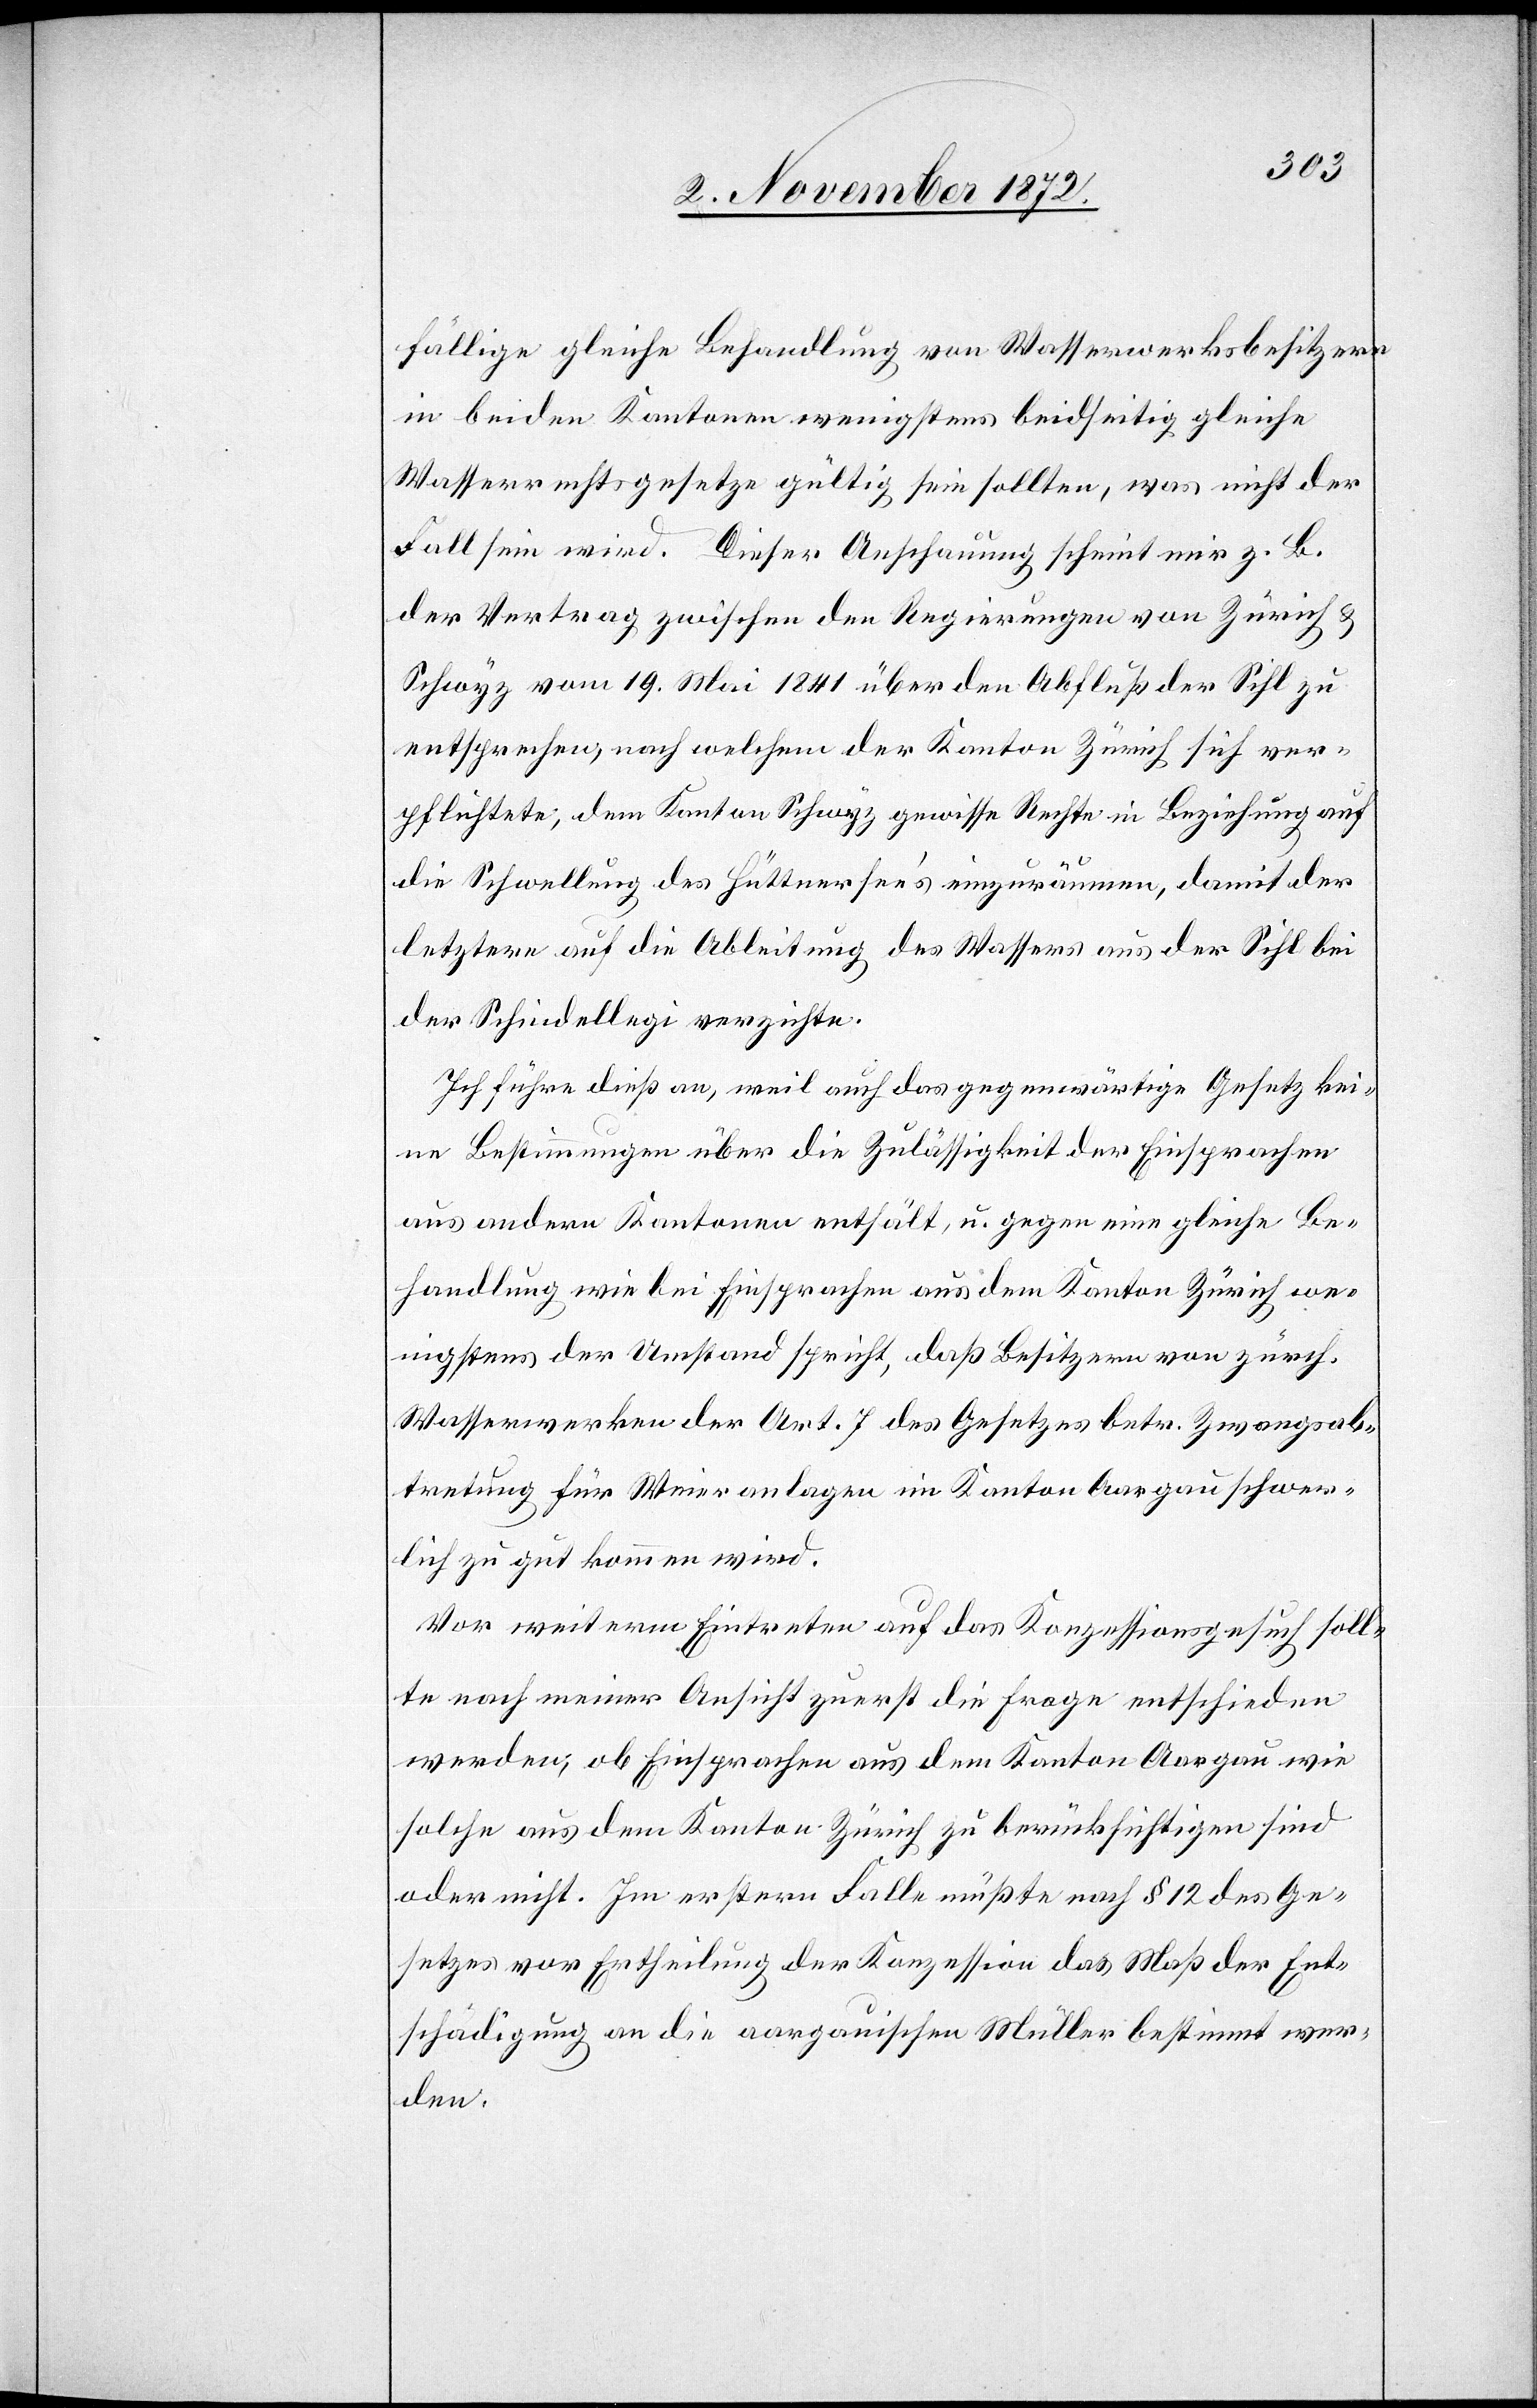
fällige gleiche Behandlung von Wasserwerksbesitzern
in beiden Kantonen wenigstens beidseitig gleiche
Wasserrechtsgesetze gültig sein sollten, was nicht der
Fall sein wird. Dieser Anschauung scheint mir z. B.
der Vertrag zwischen den Regierungen von Zürich &
Schwyz vom 19. Mai 1842 über den Abfluß der Sihl zu
entsprechen, nach welchem der Kanton Zürich sich ver¬
pflichtete, dem Kanton Schwyz gewisse Rechte in Beziehung auf
die Schwellung des Hüttnersee’s einzuräumen, damit der
letztere auf die Ableitung des Wassers aus der Sihl bei
der Schindellegi verzichte.
Ich führe dieß an, weil auch das gegenwärtige Gesetz kei¬
ne Bestimmungen über die Zulässigkeit der Einsprachen
aus andern Kantonen enthält, & gegen eine gleiche Be¬
handlung wie bei Einsprachen aus dem Kanton Zürich we¬
nigstens der Umstand spricht, daß Besitzern von zürch.
Wasserwerken der Art. 7 des Gesetzes betr. Zwangsab¬
tretung für Weieranlagen im Kanton Aargau schwer¬
lich zu gut kommen wird.
Vor weiterm Eintreten auf das Konzessionsgesuch soll¬
te nach meiner Ansicht zuerst die Frage entschieden
werden, ob Einsprachen aus dem Kanton Aargau wie
solche aus dem Kanton Zürich zu berücksichtigen sind
oder nicht. Im erstern Falle müßte nach § 12 des Ge¬
setzes vor Ertheilung der Konzession das Maß der Ent¬
schädigung an die aargauischen Müller bestimmt wer¬
den.